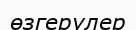
өзгерулер